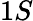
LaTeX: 1S